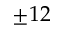
\pm 1 2